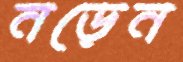
নড়েন